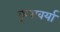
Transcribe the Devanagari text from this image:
कृपावर्या